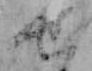
せ